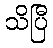
သိပြီ